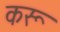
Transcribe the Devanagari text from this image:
करू